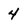
Character: 4